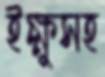
ইক্ষুসহ